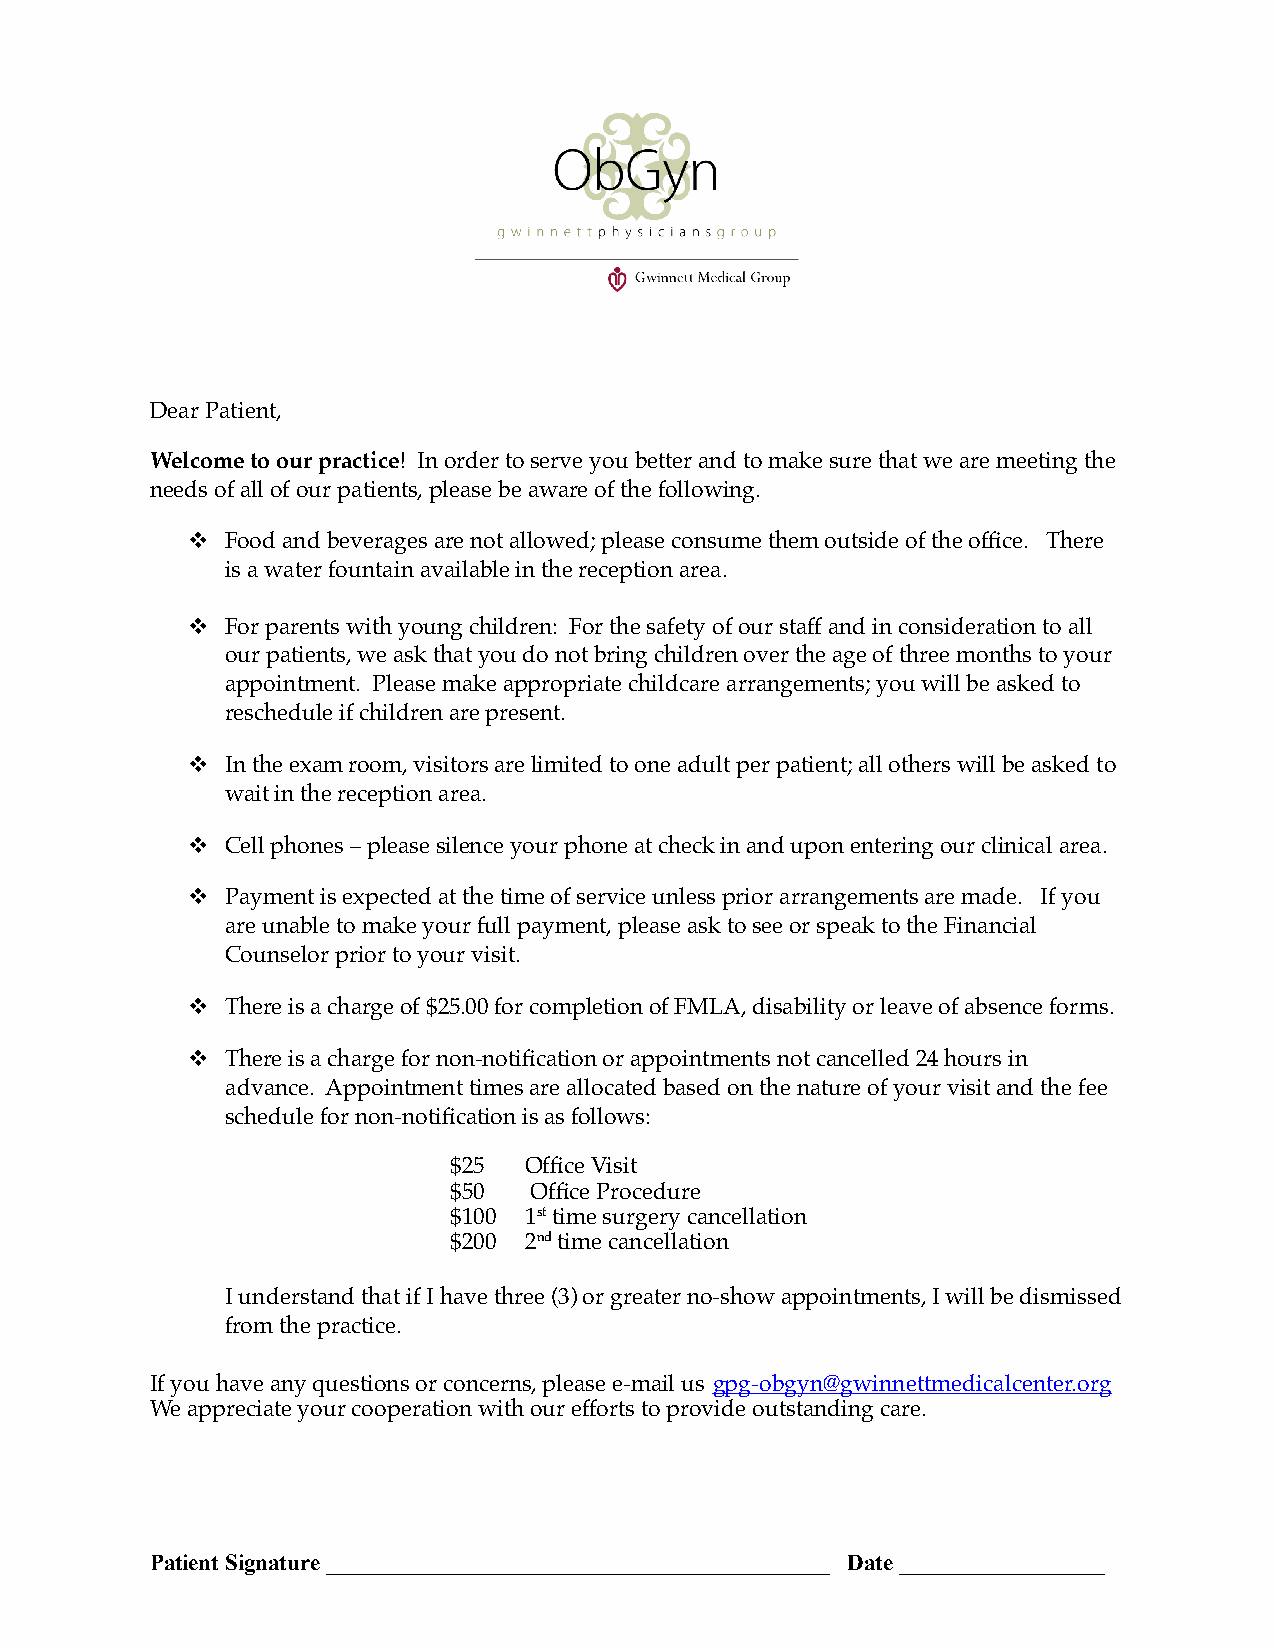
Dear Patient,
 Welcome to our practice! In order to serve you better and to make sure that we are meeting the
 needs of all of our patients, please be aware of the following.
 !  Food and beverages are not allowed; please consume them outside of the office. There
 is a water fountain available in the reception area.
 !  For parents with young children: For the safety of our staff and in consideration to all
 our patients, we ask that you do not bring children over the age of three months to your
 appointment. Please make appropriate childcare arrangements; you will be asked to
 reschedule if children are present.
 !  In the exam room, visitors are limited to one adult per patient; all others will be asked to
 wait in the reception area.
 !  Cell phones – please silence your phone at check in and upon entering our clinical area.
 !  Payment is expected at the time of service unless prior arrangements are made. If you
 are unable to make your full payment, please ask to see or speak to the Financial
 Counselor prior to your visit.
 !  There is a charge of $25.00 for completion of FMLA, disability or leave of absence forms.
 !  There is a charge for non-notification or appointments not cancelled 24 hours in
 advance. Appointment times are allocated based on the nature of your visit and the fee
 schedule for non-notification is as follows:
 $25  Office Visit
 $50  Office Procedure
 $100 1st time surgery cancellation
 $200 2nd time cancellation
 I understand that if I have three (3) or greater no-show appointments, I will be dismissed
 from the practice.
 If you have any questions or concerns, please e-mail us gpg-obgyn@gwinnettmedicalcenter.org
 We appreciate your cooperation with our efforts to provide outstanding care.
 Patient Signature ____________________________________________ Date __________________